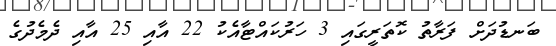
ބަނޑުދަށް ފަރާތު ކޮތަރީގައި 3 ހަރުކައްޓާއެކު 22 އާއި 25 އާއި ދެމެދުގެ